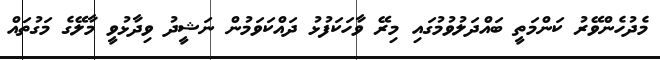
މެދުހެންވޭރު ކަންމަތީ ބައްދަލުވުމުގައި މިރޭ ވާހަކަފުޅު ދައްކަވަމުން ނަޝީދު ވިދާޅުވީ މާލޭގެ މަގުތައް